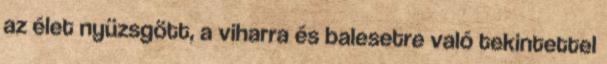
az élet nyüzsgött, a viharra és balesetre való tekintettel